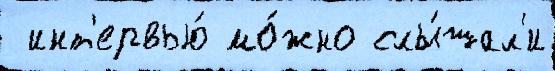
 инт'ервью́ мо́жно слы́шал'и